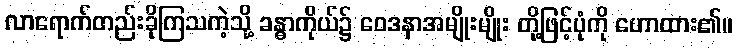
လာရောက်တည်းခိုကြသကဲ့သို့ ခန္ဓာကိုယ်၌ ဝေဒနာအမျိုးမျိုး တို့ဖြင့်ပုံကို ဟောထား၏။